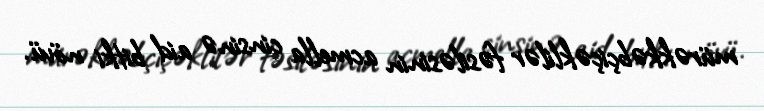
mürəkkəbçiçəklilər fəsiləsinin acmella cinsinə aid bitki növü.